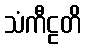
သံကီဠတိ